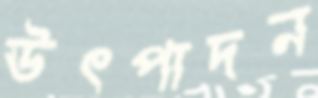
ঊৎপাদন